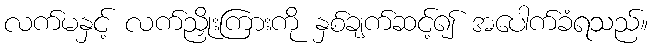
လက်မနှင့် လက်ညှိုးကြားကို နှစ်ချက်ဆင့်၍ အပေါက်ခံရသည်။